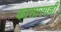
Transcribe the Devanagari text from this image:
कासारगल्ली